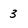
Character: 3